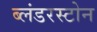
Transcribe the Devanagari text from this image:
ब्लंडरस्टोन